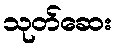
သုတ်ဆေး